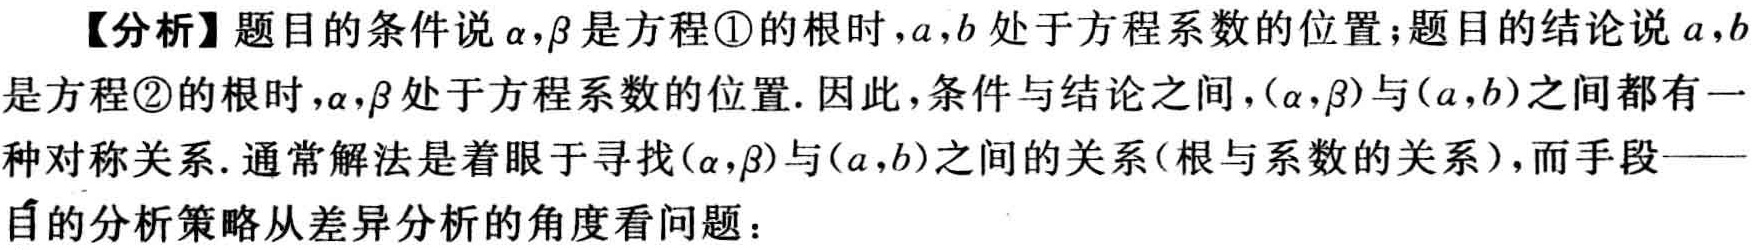
【分析】题目的条件说\(\alpha,\beta\)是方程\textcircled{1}的根时，\(a,b\)处于方程系数的位置；题目的结论说\(a,b\)是方程\textcircled{2}的根时，\(\alpha,\beta\)处于方程系数的位置. 因此，条件与结论之间，\((\alpha,\beta)\)与\((a,b)\)之间都有一种对称关系. 通常解法是着眼于寻找\((\alpha,\beta)\)与\((a,b)\)之间的关系(根与系数的关系)，而手段——目的分析策略从差异分析的角度看问题：